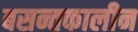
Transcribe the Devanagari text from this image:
बसन्तकालीन